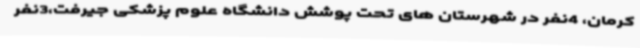
کرمان، 4نفر در شهرستان های تحت پوشش دانشگاه علوم پزشکی جیرفت،3نفر